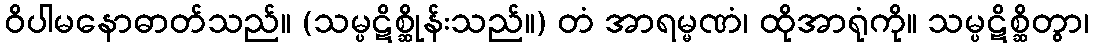
ဝိပါမနောဓာတ်သည်။ (သမ္ပဋိစ္ဆိုန်းသည်။) တံ အာရမ္မဏံ၊ ထိုအာရုံကို။ သမ္ပဋိစ္ဆိတွာ၊